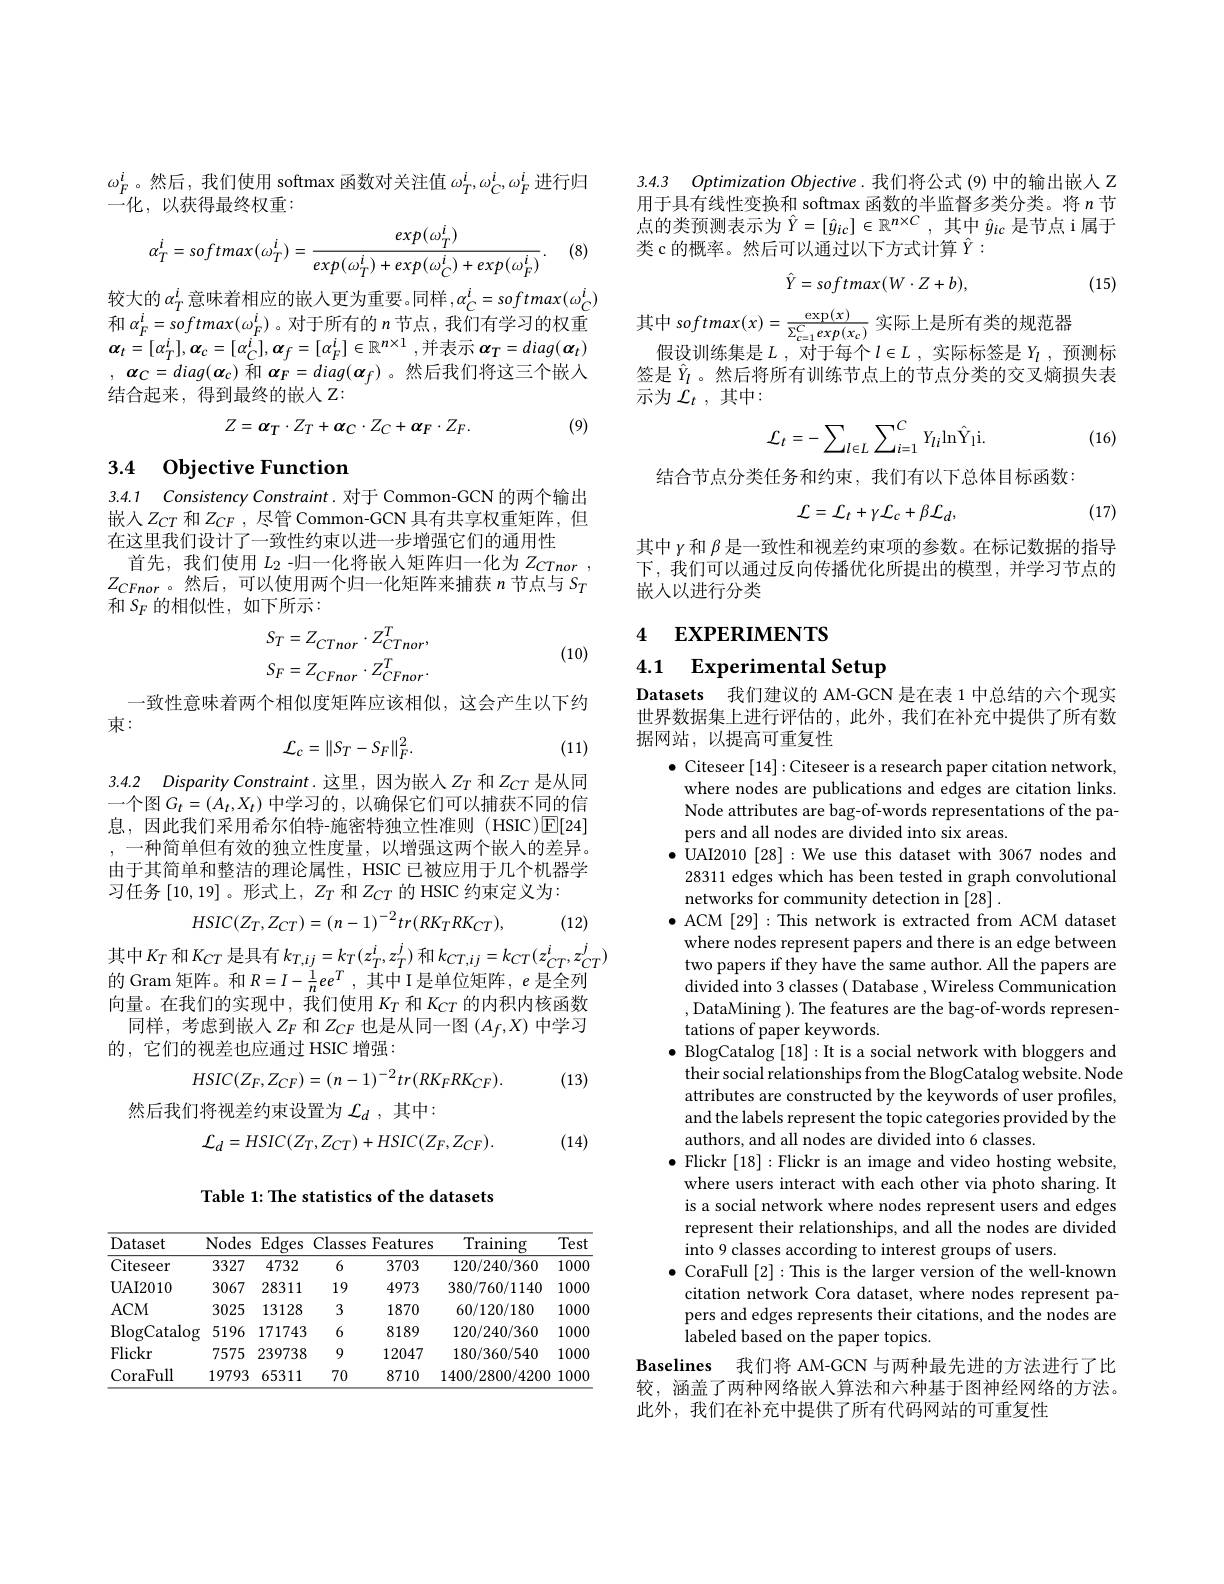
$\omega_{F}^{i}$。然后，我们使用 softmax 函数对关注值$\omega_T^{i},\omega_{C}^{i},\omega_{F}^{i}$进行归
一化，以获得最终权重：

(8)
$$\alpha_T^i=softmax(\omega_T^i)=\frac{exp(\omega_T^i)}{exp(\omega_T^i)+exp(\omega_C^i)+exp(\omega_F^i)}.$$
较大的$\alpha_T^i$意味着相应的嵌入更为重要。同样$,\alpha_C^i=softmax(\omega_C^i)$ 和 $\alpha_{F}^{i}=softmax(\omega_{F}^{i})$。对于所有的 $n$节点，我们有学习的权重$\boldsymbol{\alpha }_{t}= [ \alpha _{T}^{i}] , \boldsymbol{\alpha }_{c}= [ \alpha _{C}^{i}] , \boldsymbol{\alpha }_{f}= [ \alpha _{F}^{i}] \in \mathbb{R} ^{n\times 1}$ ,并表示$\boldsymbol\alpha_T=diag(\boldsymbol{\alpha}_{t})$ , $\boldsymbol{\alpha }_{C}= diag( \boldsymbol{\alpha }_{c})$和$\boldsymbol{\alpha}_F=diag(\boldsymbol{\alpha}_{f})$ 。然后我们将这三个嵌入结合起来，得到最终的嵌人 Z:
$$Z=\alpha_{T}\cdot Z_{T}+\alpha_{C}\cdot Z_{C}+\alpha_{F}\cdot Z_{F}.$$
(9)

3.4 Objective Function

3.4.1 Consistency Constraint.对于 Common-GCN 的两个输出嵌入$Z_{CT}$ 和$Z_{CF}$,尽管 Common-GCN 具有共享权重矩阵，但在这里我们设计了一致性约束以进一步增强它们的通用性
首先，我们使用$L_2$ -归一化将嵌人矩阵归一化为$Z_CTnor$ $Z_{CFnor}$。然后，可以使用两个归一化矩阵来捕获$n$节点与$S_T$ 和$S_F$的相似性，如下所示：

(10)
$$S_{T}=Z_{CTnor}\cdot Z_{CD}^{T},\\S_{F}=Z_{CFnor}\cdot Z_{CFnor}^{T}.$$
一致性意味着两个相似度矩阵应该相似，这会产生以下约
束：
$$\mathcal{L}_{c}=\|S_{T}-S_{F}\|_{F}^{2}.$$
(11)

3.4.2 Disparity Constraint.这里，因为嵌入$Z_T$和$Z_{CT}$是从同

一个图$G_t=(A_t,X_t)$中学习的 , 以确保它们可以捕获不同的信息，因此我们采用希尔伯特-施密特独立性准则(HSIC)$\boxed{\mathrm{E}}[24]$ , 一种简单但有效的独立性度量，以增强这两个嵌人的差异。由于其简单和整洁的理论属性，HSIC 已被应用于几个机器学习任务[10,19] 。形式上，$Z_T$和$Z_CT$的 HSIC 约束定义为：

(12)
$$HSIC(Z_T,Z_{CT})=(n-1)^{-2}tr(RK_TRK_{CT}),$$
其中$K_T$ 和$K_CT$ 是具有 $k_T,ij=k_T(z_T^i,z_T^j)$ 和$k_CT,ij=k_{CT}(z_{CT}^i,z_{CT}^j)$
的 Gram 矩阵。和$R=I-\frac1nee^T$,其中 I 是单位矩阵，$e$是全列向量。在我们的实现中，我们使用$K_{T}$和$K_{CT}$的内积内核函数
同样，考虑到嵌入$Z_F$和$Z_CF$也是从同一图$(A_f,X)$中学习
的，它们的视差也应通过 HSIC 增强：
$$HSIC(Z_F,Z_{CF})=(n-1)^{-2}tr(RK_FRK_{CF}).$$
(13)

然后我们将视差约束设置为$\mathcal{L}_d$,其中：
$$\mathcal{L}_{d}=HSIC(Z_{T},Z_{CT})+HSIC(Z_{F},Z_{CF}).$$
(14)

Table 1: The statistics of the datasets

<table>
	<tbody>
		<tr>
			<th>Dataset</th>
			<th>Nodes</th>
			<th>$\overline{\mathrm{Edges}}$</th>
			<th>Classes</th>
			<th>Features</th>
			<th>$\operatorname{Training}$</th>
			<th>Test</th>
		</tr>
		<tr>
			<td>Citeseer</td>
			<td>3327</td>
			<td>4732</td>
			<td>6</td>
			<td>3703</td>
			<td>120/240/360</td>
			<td>1000</td>
		</tr>
		<tr>
			<td>UAI2010</td>
			<td>3067</td>
			<td>28311</td>
			<td>19</td>
			<td>4973</td>
			<td>380/760/1140</td>
			<td>1000</td>
		</tr>
		<tr>
			<td>$ACM$</td>
			<td>3025</td>
			<td>13128</td>
			<td>3</td>
			<td>1870</td>
			<td>60/120/180</td>
			<td>1000</td>
		</tr>
		<tr>
			<td>$\operatorname{BlogCatalog}$</td>
			<td>5196</td>
			<td>171743</td>
			<td>6</td>
			<td>8189</td>
			<td>120/240/360</td>
			<td>1000</td>
		</tr>
		<tr>
			<td>Flickr</td>
			<td>7575</td>
			<td>239738</td>
			<td>9</td>
			<td>12047</td>
			<td>180/360/540</td>
			<td>1000</td>
		</tr>
		<tr>
			<td>CoraFull</td>
			<td>19793</td>
			<td>65311</td>
			<td>70</td>
			<td>8710</td>
			<td>1400/2800/4200</td>
			<td>1000</td>
		</tr>
	</tbody>
</table>

3.4.3 Optimization Objective.我们将公式 (9) 中的输出嵌入 Z

用于具有线性变换和 softmax 函数的半监督多类分类。将$n$节点的类预测表示为$\hat{Y}=[\hat{y}_{ic}]\in\mathbb{R}^{n\times C}$,其中$\hat{y}_{ic}$是节点 i属于类 c 的概率。然后可以通过以下方式计算$\hat{Y}:$
$$\hat{Y}=softmax(W\cdot Z+b),$$
(15)

其中 softmax$(x)=\frac\exp(x){\Sigma_{c=1}^{C}exp(x_{c})}$实际上是所有类的规范器
假设训练集是$L$, 对于每个$l\in L$,实际标签是$Y_l$,预测标签是$\hat{Y}_l$ 。然后将所有训练节点上的节点分类的交叉熵损失表示为$\mathcal{L}_t$ ,其中：
$$\mathcal{L}_{t}=-\sum_{l\in L}\sum_{i=1}^{C}Y_{li}\mathrm{ln}\hat{\mathrm{Y}}_{\mathrm{li}}.$$
(16)

结合节点分类任务和约束，我们有以下总体目标函数：
$$\mathcal{L}=\mathcal{L}_{t}+\gamma\mathcal{L}_{c}+\beta\mathcal{L}_{d},$$
(17)

其中$\gamma$和$\beta$是一致性和视差约束项的参数。在标记数据的指导下，我们可以通过反向传播优化所提出的模型，并学习节点的嵌人以进行分类

## 4 EXPERIMENTS

4.1 $\textbf{Experimental Setup}$

Datasets 我们建议的 AM-GCN 是在表 1 中总结的六个现实世界数据集上进行评估的，此外，我们在补充中提供了所有数据网站，以提高可重复性

$\bullet$ Citeseer [14]: Citeseer is a research paper citation network, where nodes are publications and edges are citation links. Node attributes are bag-of-words representations of the papers and all nodes are divided into six areas.
$\bullet$ UAI2010 [28] :We use this dataset with 3067 nodes and 28311 edges which has been tested in graph convolutional networks for community detection in [28] .
$\bullet$ ACM [29]:This network is extracted from ACM dataset
where nodes represent papers and there is an edge between two papers if they have the same author. All the papers are divided into 3 classes ( Database , Wireless Communication ,DataMining ). The features are the bag-of-words representations of paper keywords.
$\bullet$ BlogCatalog [18]: It is a social network with bloggers and their social relationships from the BlogCatalog website. Node attributes are constructed by the keywords of user profiles, and the labels represent the topic categories provided by the authors, and all nodes are divided into 6 classes.
$\bullet$ Flickr [18]:Flickr is an image and video hosting website, where users interact with each other via photo sharing. It is a social network where nodes represent users and edges represent their relationships, and all the nodes are divided into 9 classes according to interest groups of users.
$\bullet$ CoraFull [2]:This is the larger version of the well-known
citation network Cora dataset, where nodes represent papers and edges represents their citations, and the nodes are labeled based on the paper topics.
Baselines 我们将 AM-GCN 与两种最先进的方法进行了比较，涵盖了两种网络嵌入算法和六种基于图神经网络的方法。此外，我们在补充中提供了所有代码网站的可重复性